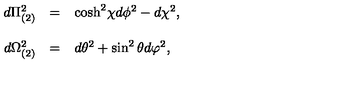
\begin{array} { r c l } { d \Pi _ { ( 2 ) } ^ { 2 } } & { = } & { \mathrm { c o s h } ^ { 2 } \chi d \phi ^ { 2 } - d \chi ^ { 2 } , } \\ { } & { } & { } \\ { d \Omega _ { ( 2 ) } ^ { 2 } } & { = } & { d \theta ^ { 2 } + \sin ^ { 2 } { \theta } d \varphi ^ { 2 } , } \\ \end{array}